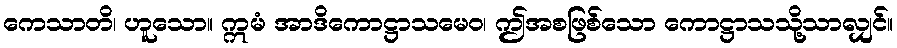
ကေသာတိ၊ ဟူသော။ ဣမံ အာဒိကောဋ္ဌာသမေဝ၊ ဤအစဖြစ်သော ကောဋ္ဌာသသို့သာလျှင်။